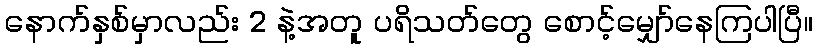
နောက်နှစ်မှာလည်း 2 နဲ့အတူ ပရိသတ်တွေ စောင့်မျှော်နေကြပါပြီ။